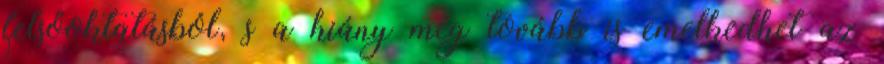
felsőoktatásból, s a hiány még tovább is emelkedhet az